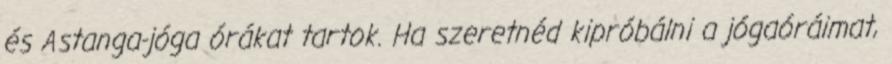
és Astanga-jóga órákat tartok. Ha szeretnéd kipróbálni a jógaóráimat,